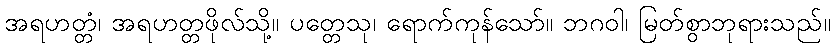
အရဟတ္တံ၊ အရဟတ္တဖိုလ်သို့။ ပတ္တေသု၊ ရောက်ကုန်သော်။ ဘဂဝါ၊ မြတ်စွာဘုရားသည်။